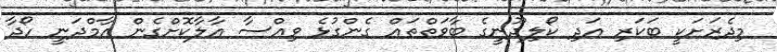
މިދެރަށަކީ ބަކަރި އަދި ކޯލިދޫނީގެ ބާވަތްތައް ގެންގުޅެ ވިއްސާ އާލާކޮށްގެން އާމްދަނީ ހޯދާ